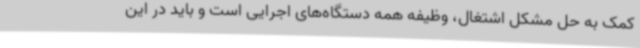
کمک به حل مشکل اشتغال، وظیفه همه دستگاه‌های اجرایی است و باید در این